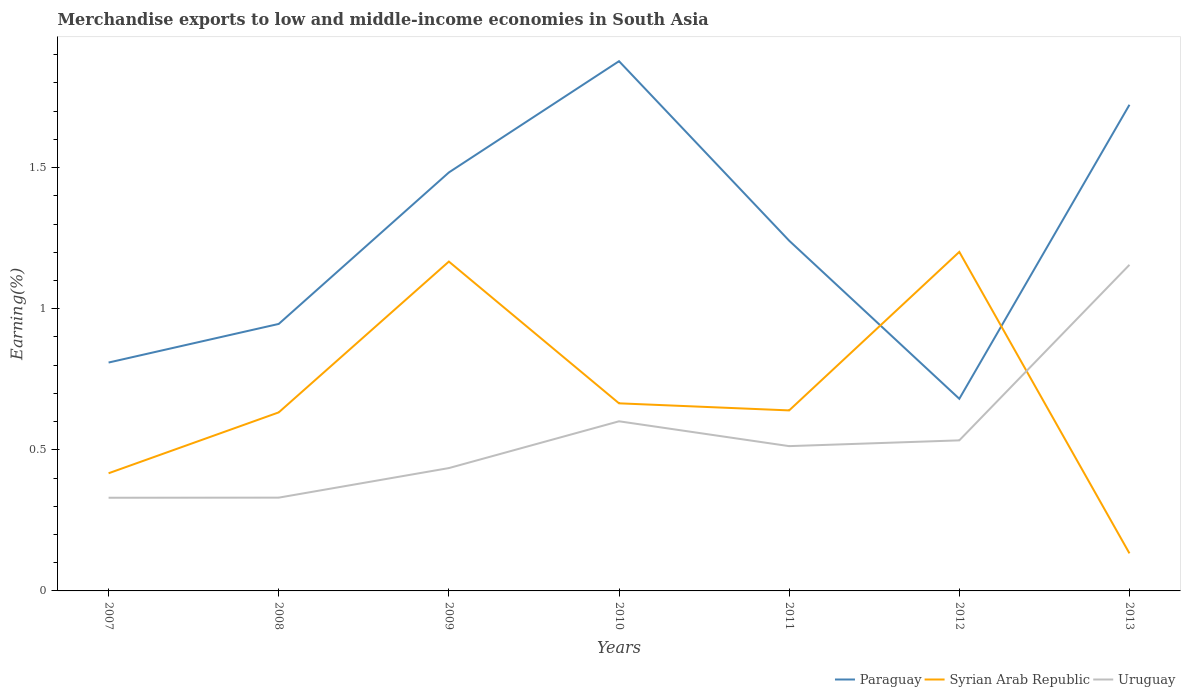
| Years | Paraguay | Syrian Arab Republic | Uruguay |
 | --- | --- | --- | --- |
 | 2007 | 0.809 | 0.417 | 0.33 |
 | 2008 | 0.946 | 0.633 | 0.331 |
 | 2009 | 1.48 | 1.17 | 0.435 |
 | 2010 | 1.88 | 0.665 | 0.601 |
 | 2011 | 1.24 | 0.64 | 0.513 |
 | 2012 | 0.681 | 1.2 | 0.534 |
 | 2013 | 1.72 | 0.133 | 1.16 |